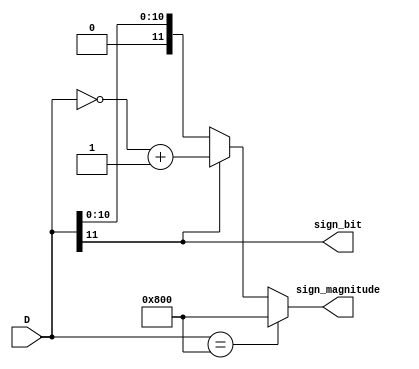
`timescale 1ns / 1ps
//////////////////////////////////////////////////////////////////////////////////
// Company: 
// Engineer: 
// 
// Design Name: 
// Module Name:    twos_comp_2_sign_mag 
// Project Name: 
// Target Devices: 
// Tool versions: 
// Description: 
//
// Dependencies: 
//
// Revision: 
// Revision 0.01 - File Created
// Additional Comments: 
//
//////////////////////////////////////////////////////////////////////////////////
//COMPLETED DO NOT TOUCH
module twos_comp_2_sign_mag(D, sign_magnitude, sign_bit
    );
	 input wire [11:0] D;
	 output wire [11:0] sign_magnitude;
	 output wire sign_bit;
	 
	 //I don't think we can modify anymore, this looks good,  DON'T CHANGE ANYTHING
	 assign sign_magnitude =  (D == 12'b100000000000) ? (12'b100000000000) :  
											(D[11] == 1'b1) ? (~D + 1'b1) : D ;
	 assign sign_bit = D[11];


endmodule